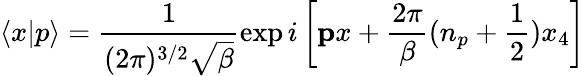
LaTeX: \langle x|p\rangle=\frac 1{(2\pi)^{3/2}\sqrt{\beta}}\exp i\left[{\mathbf px}+\frac{2\pi}{\beta}(n_{p}+\frac 12)x_{4}\right]